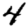
Digit: 4